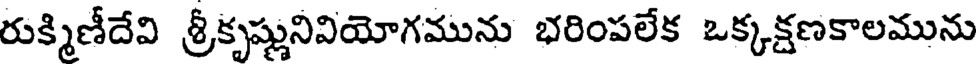
రుక్మిణీదేవి శ్రీకృష్ణునివియోగమును భరింపలేక ఒక్కక్షణకాలమును